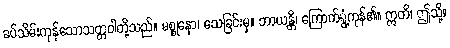
ခပ်သိမ်းကုန်သောသတ္တဝါတို့သည်။ မစ္စုနော၊ သေခြင်းမှ။ ဘာယန္တိ၊ ကြောက်ရွံ့ကုန်၏။ ဣတိ၊ ဤသို့။